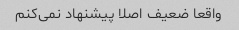
واقعا ضعیف اصلا پیشنهاد نمی‌کنم